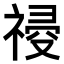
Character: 𥛀